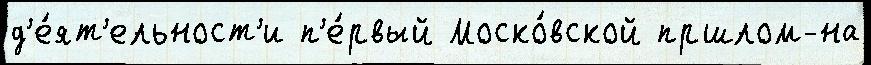
д'е́ят'ельност'и п'е́рвый Моско́вской пршлом-на